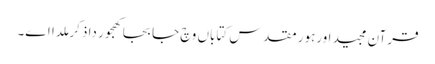
قرآن مجید اورہور مقدس کتاباں وچ جابجا کھجور دا ذکر ملدا ا‏‏ے۔